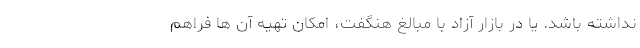
نداشته باشد. یا در بازار آزاد با مبالغ هنگفت، امکان تهیه آن ها فراهم